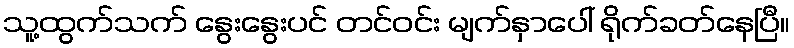
သူ့ထွက်သက် နွေးနွေးပင် တင်ဝင်း မျက်နှာပေါ် ရိုက်ခတ်နေပြီ။